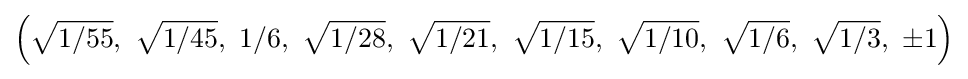
\left({\sqrt {1/55}},\ {\sqrt {1/45}},\ 1/6,\ {\sqrt {1/28}},\ {\sqrt {1/21}},\ {\sqrt {1/15}},\ {\sqrt {1/10}},\ {\sqrt {1/6}},\ {\sqrt {1/3}},\ \pm 1\right)